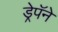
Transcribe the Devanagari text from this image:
ड्रेपॅने